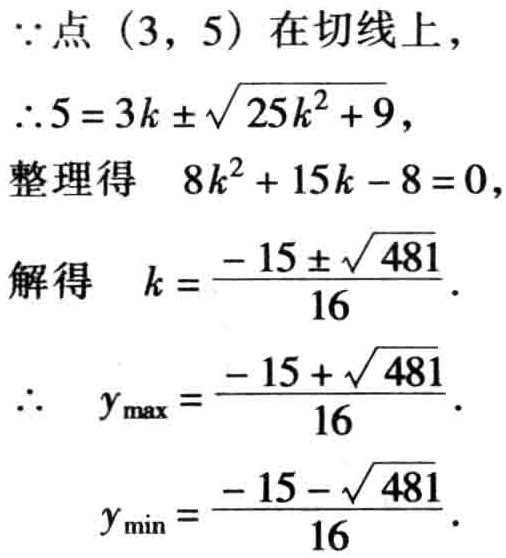
\(\because\)点\((3,5)\)在切线上，
\(\therefore 5 = 3k\pm\sqrt{25k^{2}+9}\)，
整理得 \(8k^{2}+15k - 8 = 0\)，
解得 \(k = \frac{-15\pm\sqrt{481}}{16}\)．
\(\therefore\) \(y_{\max}=\frac{-15 + \sqrt{481}}{16}\)．
\(y_{\min}=\frac{-15 - \sqrt{481}}{16}\)．